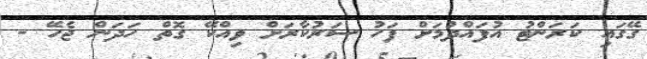
ގޭގައި ކަރަންޓު އުފައްދުމަށް ފަހު ސަރުކާރަށް ވިއްކޭ ގޮތް ހަދަން ޖެހޭ -